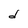
Character: d